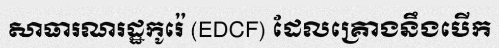
សាធារណរដ្ឋកូរ៉េ (EDCF) ដែលគ្រោងនឹងបើក